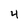
Character: 4